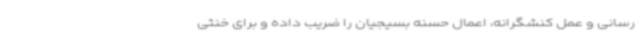
رسانی و عمل کنشگرانه، اعمال حسنه بسیجیان را ضریب داده و برای خنثی